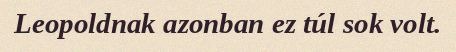
Leopoldnak azonban ez túl sok volt.